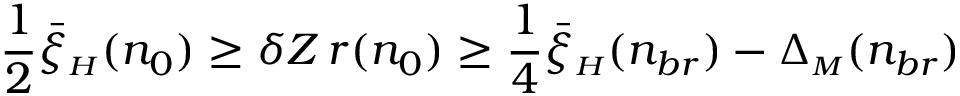
\frac 1 2 \bar { \xi } _ { { \scriptscriptstyle H } } ( n _ { 0 } ) \ge \delta Z \, r ( n _ { 0 } ) \ge \frac 1 4 \bar { \xi } _ { { \scriptscriptstyle H } } ( n _ { b r } ) - \Delta _ { { \scriptscriptstyle M } } ( n _ { b r } )